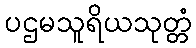
ပဌမသူရိယသုတ္တံ